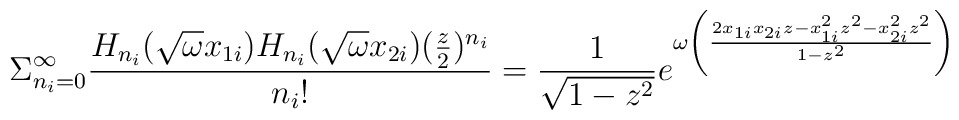
\Sigma_{n_{i}=0}^{\infty} \frac{H_{n_{i}}(\sqrt{\omega}x_{1i})H_{n_{i}}(\sqrt{\omega}x_{2i}) (\frac{z}{2})^{n_{i}}}{n_{i}!}= \frac{1}{\sqrt{1-z^{2}}}e^{\omega\left(\frac{2x_{1i}x_{2i}z -x_{1i}^{2}z^{2}-x_{2i}^{2}z^{2}}{1-z^{2}}\right)}